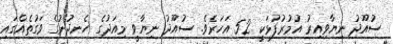
ސުއޫދު ނިޔާވިއިރު އުމުރުފުޅަކީ 52 އަހަރެވެ. ސުއޫދު ނިޔާވީ މިއަދުގެ ހެނދުނުގެ ވަގުތެއްގައި